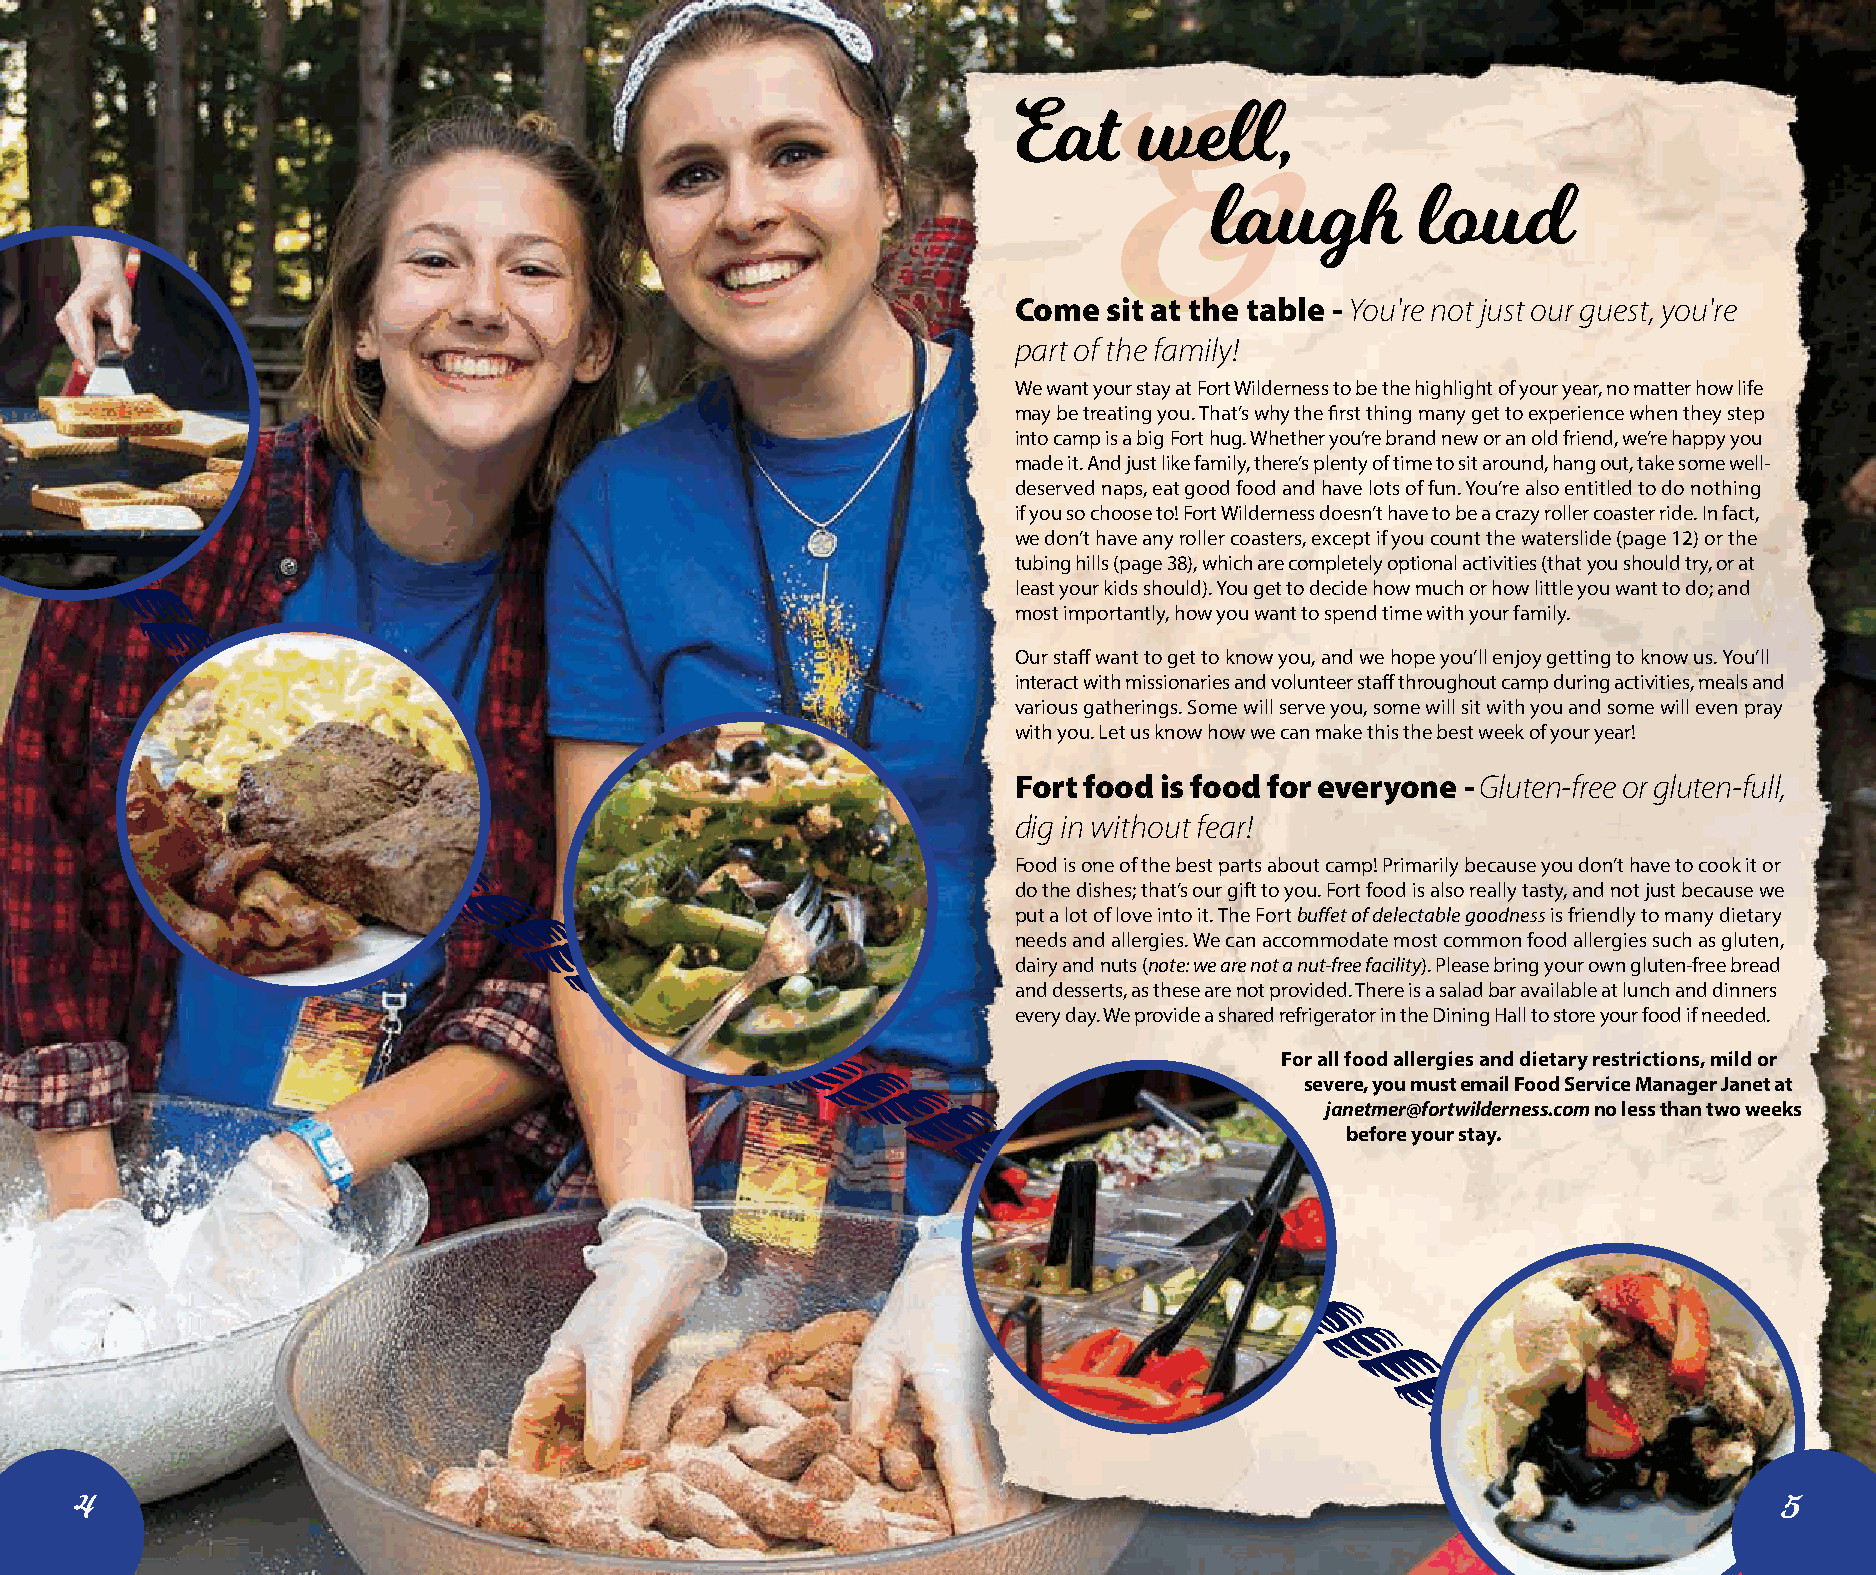
Eat     well,
 laugh         loud
 Come  sit at the table - You're not just our guest, you're
 part of the family!
 We want your stay at Fort Wilderness to be the highlight of your year, no matter how life
 may be treating you. That’s why the first thing many get to experience when they step
 into camp is a big Fort hug. Whether you’re brand new or an old friend, we’re happy you
 made it. And just like family, there’s plenty of time to sit around, hang out, take some well-
 deserved naps, eat good food and have lots of fun. You’re also entitled to do nothing
 if you so choose to! Fort Wilderness doesn’t have to be a crazy roller coaster ride. In fact,
 we don’t have any roller coasters, except if you count the waterslide (page 12) or the
 tubing hills (page 38), which are completely optional activities (that you should try, or at
 least your kids should). You get to decide how much or how little you want to do; and
 most importantly, how you want to spend time with your family.
 Our staff want to get to know you, and we hope you’ll enjoy getting to know us. You’ll
 interact with missionaries and volunteer staff throughout camp during activities, meals and
 various gatherings. Some will serve you, some will sit with you and some will even pray
 with you. Let us know how we can make this the best week of your year!
 Fort food is food for everyone - Gluten-free or gluten-full,
 dig in without fear!
 Food is one of the best parts about camp! Primarily because you don’t have to cook it or
 do the dishes; that’s our gift to you. Fort food is also really tasty, and not just because we
 put a lot of love into it. The Fort buffet of delectable goodness is friendly to many dietary
 needs and allergies. We can accommodate most common food allergies such as gluten,
 dairy and nuts (note: we are not a nut-free facility). Please bring your own gluten-free bread
 and desserts, as these are not provided. There is a salad bar available at lunch and dinners
 every day. We provide a shared refrigerator in the Dining Hall to store your food if needed.
 For all food allergies and dietary restrictions, mild or
 severe, you must email Food Service Manager Janet at
 janetmer@fortwilderness.com no less than two weeks
 before your stay.
 4                                                                                                                5